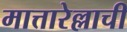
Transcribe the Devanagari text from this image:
मात्तारेल्लाची